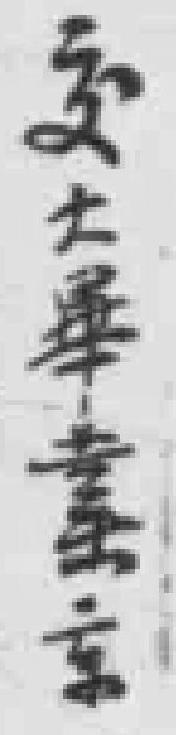
交大畢業京